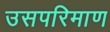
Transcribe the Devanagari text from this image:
उसपरिमाण